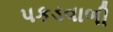
પકડવાળી